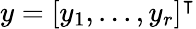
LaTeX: y=[y_{1},...,y_{r}]^{\intercal}